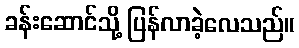
ခန်းဆောင်သို့ ပြန်လာခဲ့လေသည်။